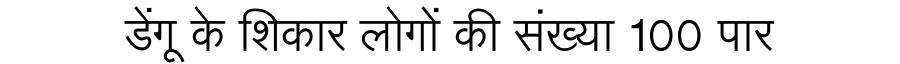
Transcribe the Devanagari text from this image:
डेंगू के शिकार लोगों की संख्या 100 पार